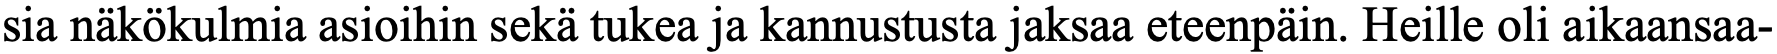
sia näkökulmia asioihin sekä tukea ja kannustusta jaksaa eteenpäin. Heille oli aikaansaa-